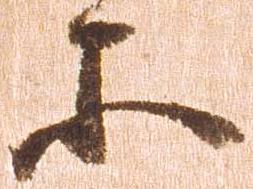
等